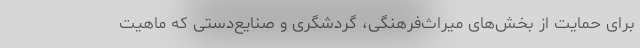
برای حمایت از بخش‌های میراث‌فرهنگی، گردشگری و صنایع‌دستی که ماهیت